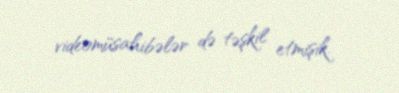
videomüsahibələr də təşkil etmişik.